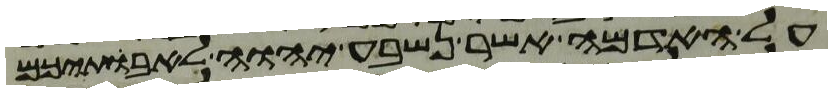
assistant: על האדמה אשר נשבע יהוה לאבתיכם